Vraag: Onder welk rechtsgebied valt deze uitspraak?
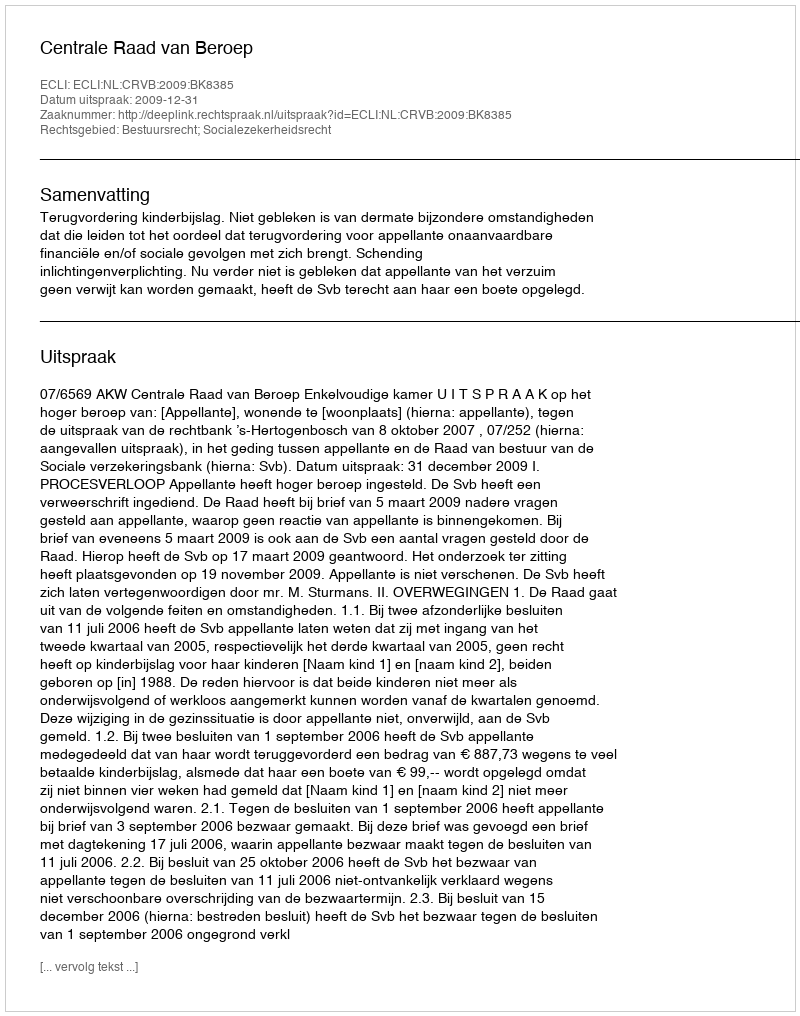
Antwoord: Bestuursrecht; Socialezekerheidsrecht